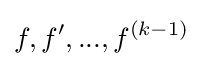
f,f',...,f^{(k-1)}